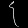
Digit: ၄